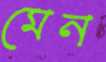
মেন